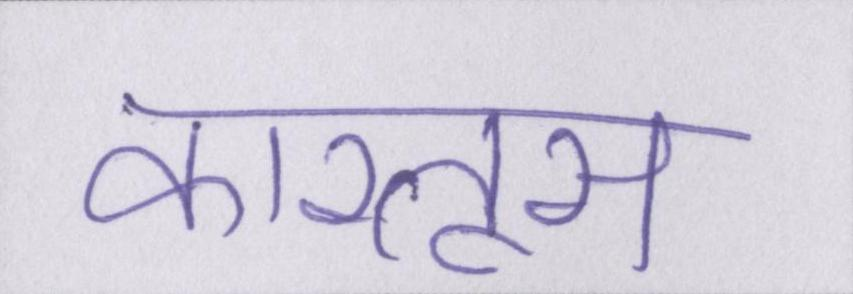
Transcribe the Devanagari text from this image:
कारतूस